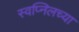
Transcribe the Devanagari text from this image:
स्वप्निलच्या